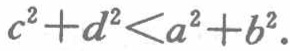
\(c^{2}+d^{2}<a^{2}+b^{2}\)